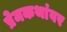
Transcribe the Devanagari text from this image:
प्रेमकथांवर